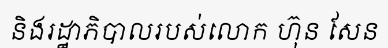
និងរដ្ឋាភិបាលរបស់លោក ហ៊ុន សែន